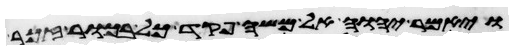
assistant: ויאמר יהוה אל משה פקד כל בכור זכר